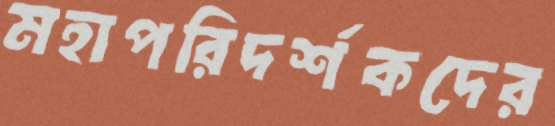
মহাপরিদর্শকদের